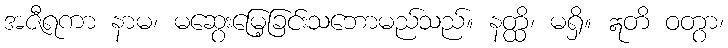
အဇီရကာ နာမ၊ မဆွေးမြေ့ခြင်းသဘောမည်သည်။ နတ္ထိ၊ မရှိ။ ဣတိ ဝတွာ၊